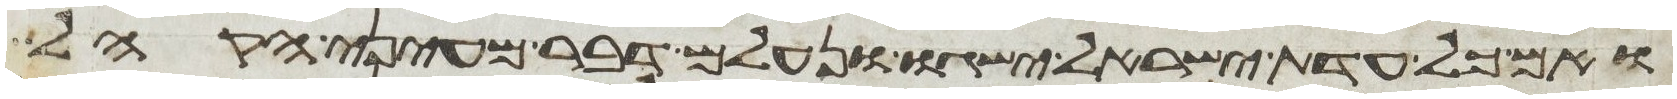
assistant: ואם כל עדת ישראל ישגו ונעלם דבר מעיני הקהל